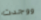
ووجدت